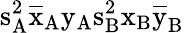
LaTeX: \mathrm{s_{A}^{2}\mathrm{\overline{{x}}_{A}\mathrm{y_{A}\mathrm{s_{B}^{2}\mathrm{x_{B}\mathrm{\overline{{y}}_{B}}}}}}}